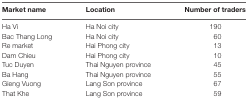
<table><thead><tr><td><b>Market name</b></td><td><b>Location</b></td><td><b>Number of traders</b></td></tr></thead><tbody><tr><td>Ha Vi</td><td>Ha Noi city</td><td>190</td></tr><tr><td>Bac Thang Long</td><td>Ha Noi city</td><td>60</td></tr><tr><td>Re market</td><td>Hai Phong city</td><td>13</td></tr><tr><td>Dam Chieu</td><td>Hai Phong city</td><td>10</td></tr><tr><td>Tuc Duyen</td><td>Thai Nguyen province</td><td>45</td></tr><tr><td>Ba Hang</td><td>Thai Nguyen province</td><td>55</td></tr><tr><td>Gieng Vuong</td><td>Lang Son province</td><td>67</td></tr><tr><td>That Khe</td><td>Lang Son province</td><td>59</td></tr></tbody></table>